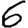
Digit: 6